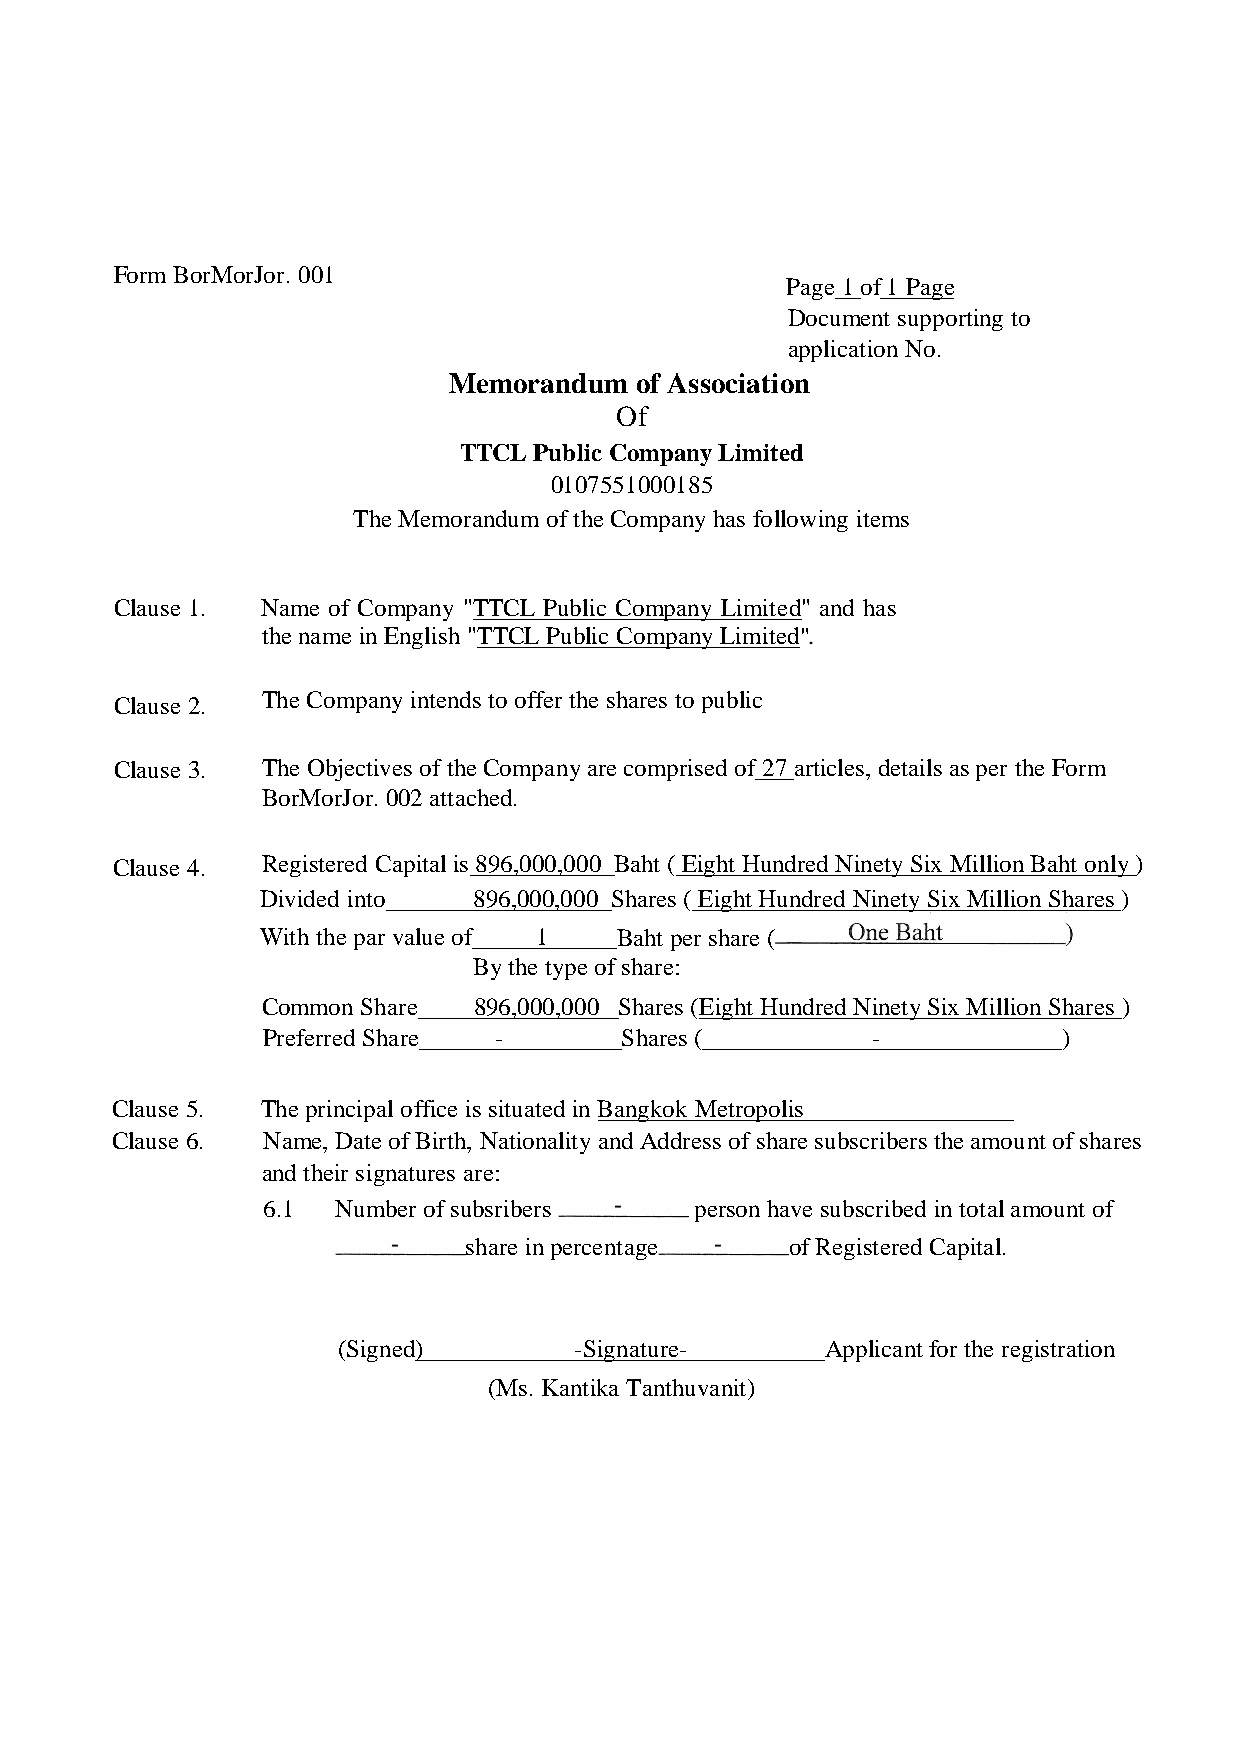
Form BorMorJor. 001
 Page 1of 1 Page
 Document supporting to
 application No.
 Memorandum  of Association
 Of
 TTCL Public Company Limited
 0107551000185
 The Memorandum of the Company has following items
 Clause 1. Name of Company "TTCL Public Company Limited" and has
 the name in English "TTCL Public Company Limited"
 The Company intends to offer the shares to public
 Clause 2.
 Clause 3. The Objectives of the Company are comprised of 27 articles, details as per the Form
 BorMorJor. 002 attached.
 Clause 4. Registered Capital is 896,000,000 Baht ( Eight Hundred Ninety Six Million Baht only)
 Divided into  896,000,000 Shares ( Eight Hundred Ninety Six Million Shares)
 With the par value of 1 Baht per share (
 By the type of share:
 Common Share  896,000,000 Shares (Eight Hundred Ninety Six Million Shares )
 Preferred Share -       Shares (         -           )
 Clause 5. The principal office is situated in Bangkok Metropolis
 Clause 6. Name, Date of Birth, Nationality and Address of share subscribers the amount of shares
 and their signatures are:
 6.1  Number of subsribers    person have subscribed in total amount of
 share in percentage  of Registered Capital.
 (Signed)        -Signature-      Applicant for the registration
 (Ms. Kantika Tanthuvanit)